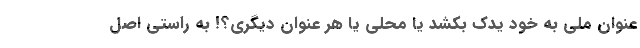
عنوان ملی به خود یدک بکشد یا محلی یا هر عنوان دیگری؟! به راستی اصل